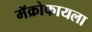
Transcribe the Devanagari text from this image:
मॅक्रोफायला